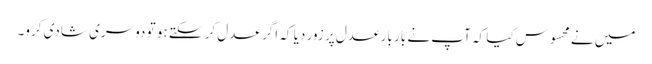
میں نے محسوس کیا کہ آپ نے بار بار عدل پر زور دیا کہ اگر عدل کر سکتے ہو تو دوسری شادی کرو۔